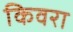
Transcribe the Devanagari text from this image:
किवरा